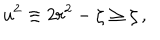
LaTeX: u ^ { 2 } \equiv 2 r ^ { 2 } - \zeta \geq \zeta \, ,